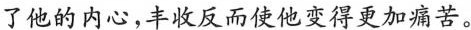
了他的内心，丰收反而使他变得更加痛苦。